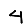
Digit: 4